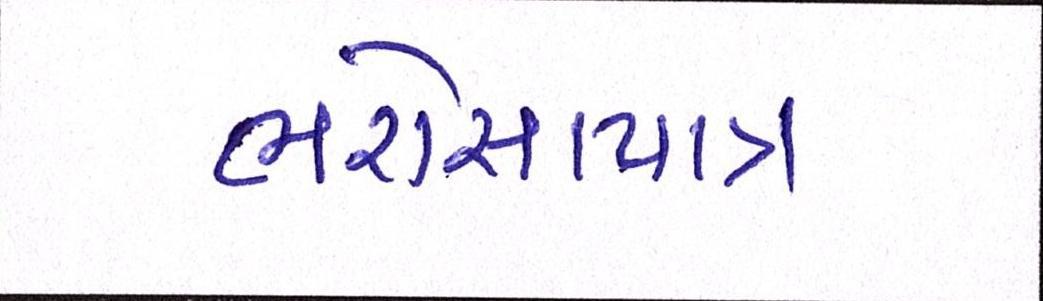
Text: ભરોસાપાત્ર